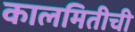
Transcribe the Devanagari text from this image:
कालमितीची